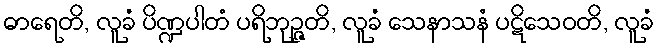
ဓာရေတိ, လူခံ ပိဏ္ဍပါတံ ပရိဘုဉ္ဇတိ, လူခံ သေနာသနံ ပဋိသေဝတိ, လူခံ